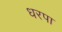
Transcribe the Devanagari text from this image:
धरपा